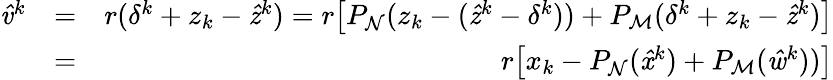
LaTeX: \begin{array}{rlr}{\mathit{\hat{v}}^{k}}&{=}&{r(\delta^{k}+z_{k}-\mathit{\hat{z}}^{k})=r\big[P_{\mathrm{\mathcal{N}}}(z_{k}-(\mathit{\hat{z}}^{k}-\delta^{k}))+P_{\mathrm{\mathcal{M}}}(\delta^{k}+z_{k}-\mathit{\hat{z}}^{k})\big]}\\ &{=}&{r\big[x_{k}-P_{\mathrm{\mathcal{N}}}(\mathit{\hat{x}}^{k})+P_{\mathrm{\mathcal{M}}}(\mathit{\hat{w}}^{k}))\big]}\end{array}